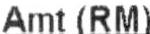
AMT(RM)